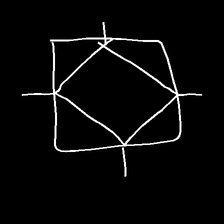
Glyph: light